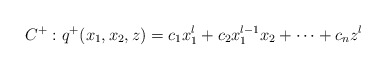
\begin{align*} C^{+} : q^{+}(x_1, x_2, z) = c_1 x_1^l + c_2 x_1^{l-1}x_2 + \cdots +c_{n} z^l \end{align*}